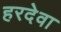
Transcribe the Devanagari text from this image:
हरदेवा